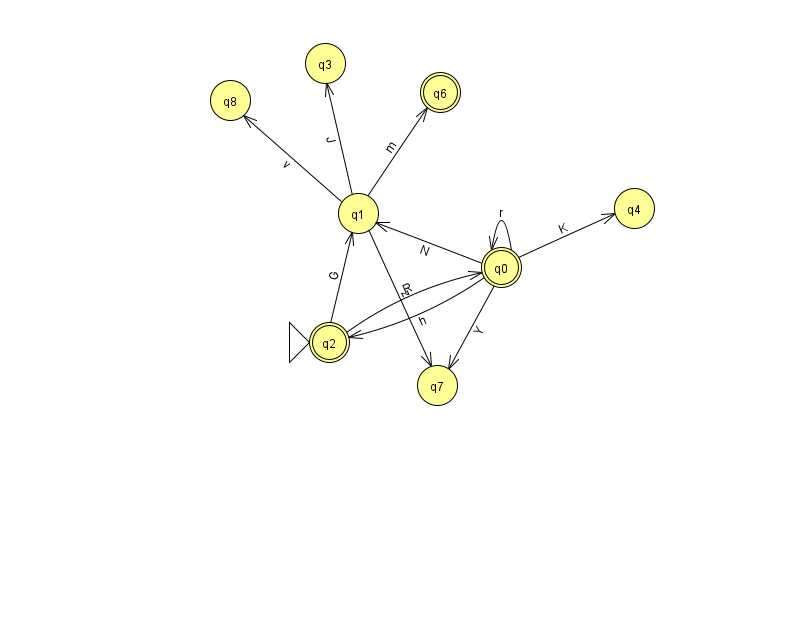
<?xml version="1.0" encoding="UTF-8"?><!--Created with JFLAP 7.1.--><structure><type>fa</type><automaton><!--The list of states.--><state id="0" name="q0"><x>501.0</x><y>254.0</y><final/></state><state id="1" name="q1"><x>358.0</x><y>200.0</y></state><state id="2" name="q2"><x>329.0</x><y>329.0</y><initial/><final/></state><state id="3" name="q3"><x>325.0</x><y>50.0</y></state><state id="4" name="q4"><x>634.0</x><y>195.0</y></state><state id="6" name="q6"><x>440.0</x><y>79.0</y><final/></state><state id="7" name="q7"><x>437.0</x><y>372.0</y></state><state id="8" name="q8"><x>230.0</x><y>87.0</y></state><!--The list of transitions.--><transition><from>0</from><to>7</to><read>Y</read></transition><transition><from>0</from><to>0</to><read>r</read></transition><transition><from>0</from><to>2</to><read>h</read></transition><transition><from>0</from><to>4</to><read>K</read></transition><transition><from>1</from><to>3</to><read>J</read></transition><transition><from>1</from><to>6</to><read>m</read></transition><transition><from>2</from><to>1</to><read>G</read></transition><transition><from>1</from><to>8</to><read>v</read></transition><transition><from>0</from><to>1</to><read>N</read></transition><transition><from>2</from><to>0</to><read>R</read></transition><transition><from>1</from><to>7</to><read>z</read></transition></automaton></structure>